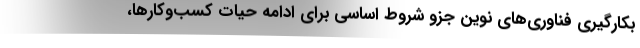
بکارگیری فناوری‌های نوین جزو شروط اساسی برای ادامه حیات کسب‌وکارها،